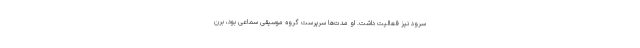
سرود نیز فعالیت داشت. او مدت‌ها سرپرست گروه موسیقی سماعی بود، برن